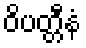
ဝိပတ္တီနံ